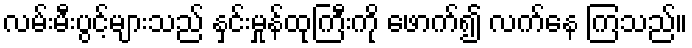
လမ်းမီးပွင့်များသည် နှင်းမှုန်ထုကြီးကို ဖောက်၍ လက်နေ ကြသည်။